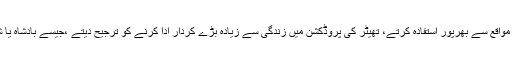
طالبِ علمی کی ابتداء ہی سے مودی مباحثوں اور تقریروں کے مواقع سے بھرپور استفادہ کرتے، تھیٹر کی پروڈکشن میں زندگی سے زیادہ بڑے کردار ادا کرنے کو ترجیح دیتے ،جیسے بادشاہ یا شہزادہ وغیرہ بننا، جس نے ان کے سیاسی شناخت کو متاثر کیا۔